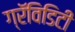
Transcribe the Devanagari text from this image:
ग्रॅविडिटी